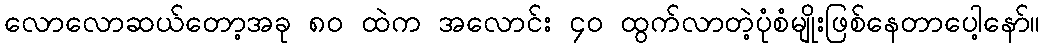
လောလောဆယ်တော့အခု ၈၀ ထဲက အလောင်း ၄၀ ထွက်လာတဲ့ပုံစံမျိုးဖြစ်နေတာပေါ့နော်။